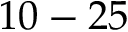
1 0 - 2 5